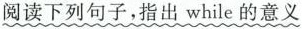
阅读下列句子,指出while的意义